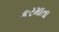
કરમાતા